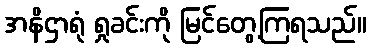
အနိဌာရုံ ရှုခင်းကို မြင်တွေ့ကြရသည်။